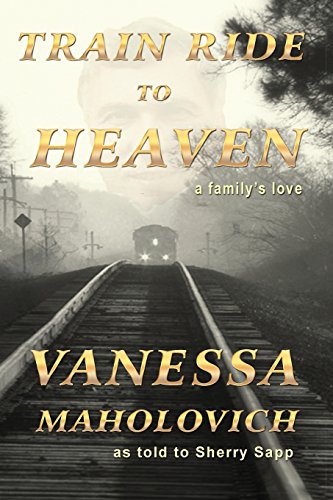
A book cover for Train Ride to Heaven; Vanesa Maholovich; Biographies & Memoirs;